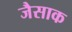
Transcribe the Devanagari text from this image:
जैसाक